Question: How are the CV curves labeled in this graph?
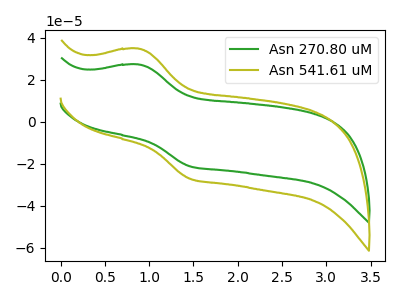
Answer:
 <answer>The green curve is labeled "Asn 270.80 uM". The olive curve is labeled "Asn 541.61 uM".</answer>
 <eval></eval>